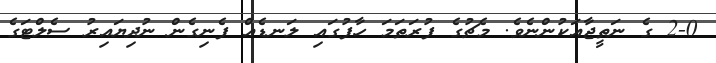
2-0 ގެ ނަތީޖާއަކުންނެވެ. މެޗުގެ ފުރަތަމަ ހާފުގައި ލަނޑެއް ފެނިގެން ނުދިޔައިރު ސެލްޓަގެ